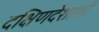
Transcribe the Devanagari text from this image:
दक्षिणदेशाशी